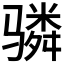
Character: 𬴊